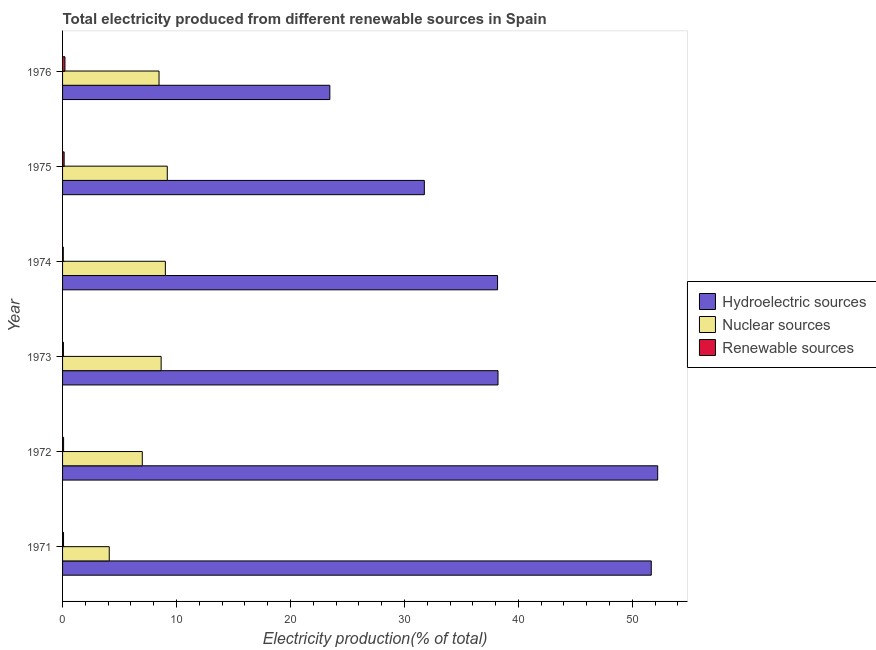
| Year | Hydroelectric sources | Nuclear sources | Renewable sources |
 | --- | --- | --- | --- |
 | 1971 | 51.7 | 4.1 | 0.0844 |
 | 1972 | 52.2 | 7 | 0.0898 |
 | 1973 | 38.2 | 8.65 | 0.074 |
 | 1974 | 38.2 | 9.02 | 0.0637 |
 | 1975 | 31.7 | 9.19 | 0.138 |
 | 1976 | 23.5 | 8.47 | 0.21 |